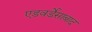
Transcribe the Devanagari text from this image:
एडवर्डेसाबाद